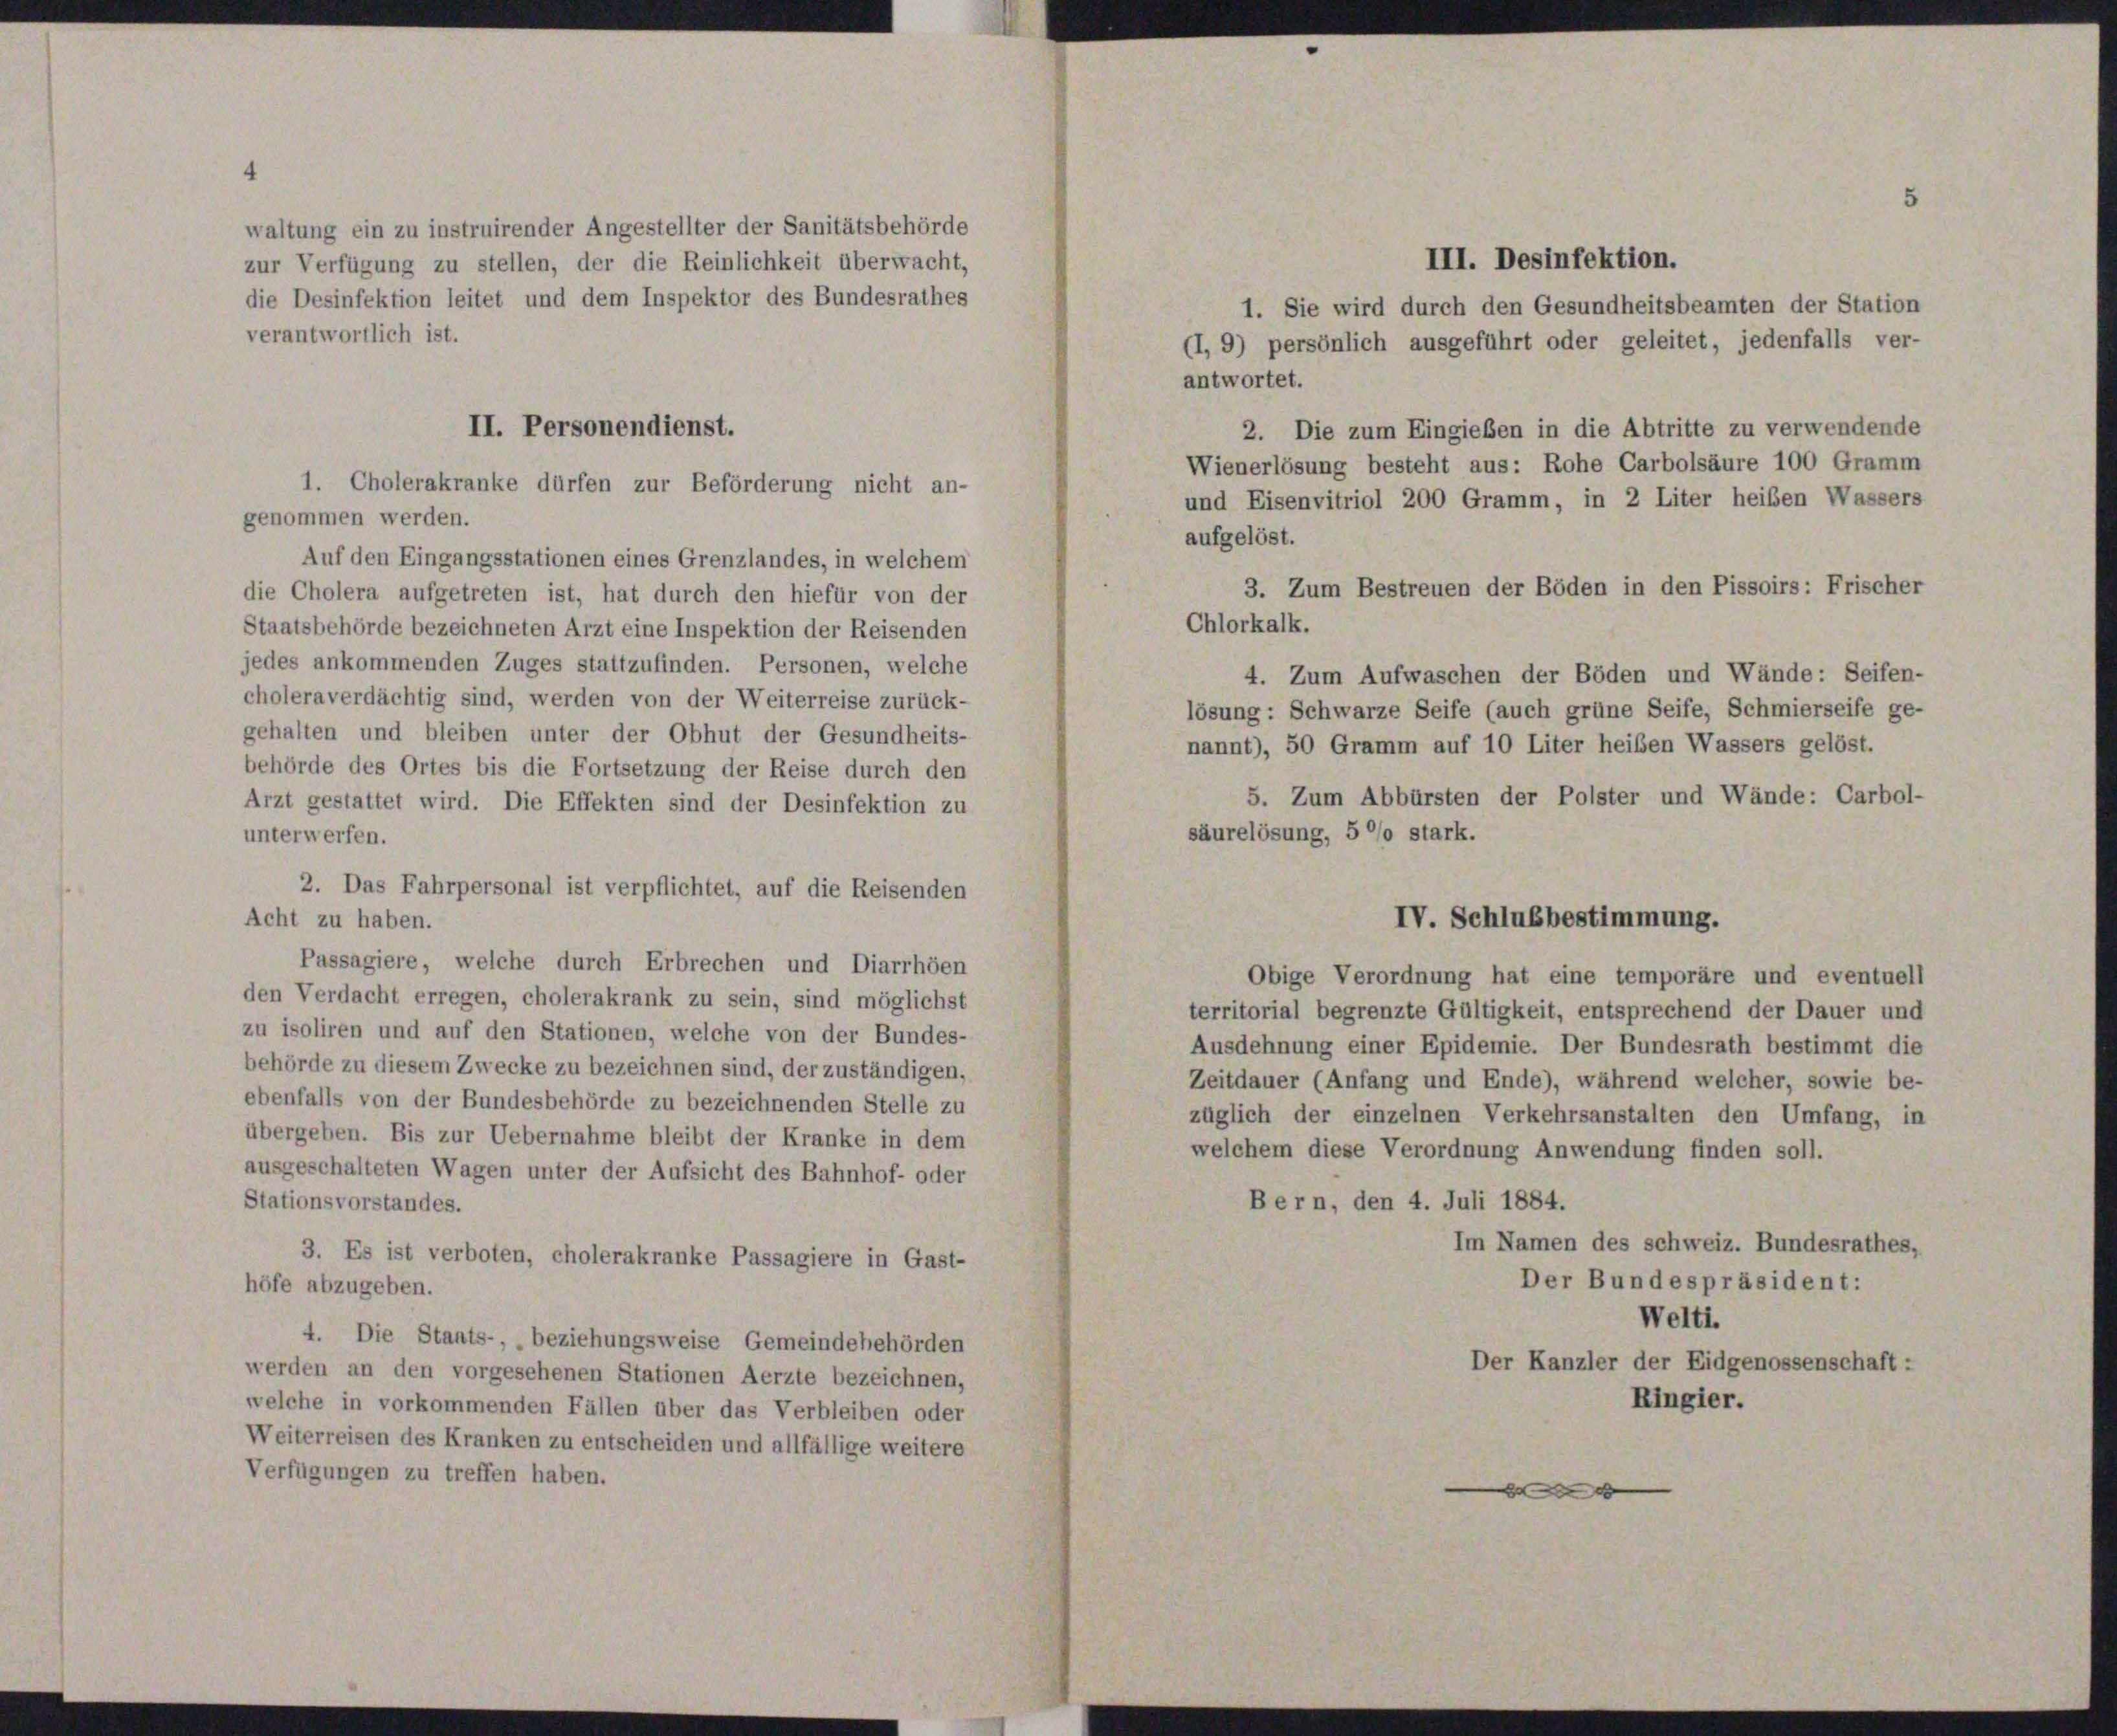
zur Verfügung zu stellen, der die Reinlichkeit überwacht,
die Desinfektion leitet und dem Inspektor des Bundesrathes
1. Sie wird durch den Gesundheitsbeamten der Station
verantwortlich ist.
(I, 9) persönlich ausgeführt oder geleitet, jedenfalls ver-
antwortet.
2. Die zum Eingießen in die Abtritte zu verwendende
Wienerlösung besteht aus: Rohe Carbolsäure 100 Gramm
1. Cholerakranke dürfen zur Beförderung nicht an-
und Eisenvitriol 200 Gramm, in 2 Liter heiben Wassers
genommen werden.
aufgelöst.
Auf den Eingangsstationen eines Grenzlandes, in welchem
3. Zum Bestreuen der Böden in den Pissoirs: Frischer
die Cholera aufgetreten ist, hat durch den hiefür von der
Chlorkalk.
Staatsbehörde bezeichneten Arzt eine Inspektion der Reisenden
jedes ankommenden Zuges stattzufinden. Personen, welche
4. Zum Aufwaschen der Böden und Wände: Seifen-
choleraverdächtig sind, werden von der Weiterreise zurück-
lösung: Schwarze Seife (auch grüne Seife, Schmierseife ge-
gehalten und bleiben unter der Obhut der Gesundheits-
nannt), 50 Gramm auf 10 Liter heiben Wassers gelöst.
behörde des Ortes bis die Fortsetzung der Reise durch den
5. Zum Abbürsten der Polster und Wände: Carbol-
Arzt gestattet wird. Die Effekten sind der Desinfektion zu
säurelösung, 5 °/o stark.
unterwerfen.
2. Das Fahrpersonal ist verpflichtet, auf die Reisenden
Acht zu haben.
IV. Schlußbestimmung.
Passagiere, welche durch Erbrechen und Diarrhöen
Obige Verordnung hat eine temporäre und eventuels
den Verdacht erregen, cholerakrank zu sein, sind möglichst
territorial begrenzte Gültigkeit, entsprechend der Dauer und
zu isoliren und auf den Stationen, welche von der Bundes-
Ausdehnung einer Epidemie. Der Bundesrath bestimmt die
behörde zu diesem Zwecke zu bezeichnen sind, der zuständigen,
Zeitdauer (Anfang und Ende), während welcher, sowie be-
ebenfalls von der Bundesbehörde zu bezeichnenden Stelle zu
züglich der einzelnen Verkehrsanstalten den Umfang, in
übergeben. Bis zur Uebernahme bleibt der Kranke in dem
welchem diese Verordnung Anwendung finden soll.
ausgeschalteten Wagen unter der Aufsicht des Bahnhof- oder
Bern, den 4. Juli 1884.
Stationsvorstandes.
Im Namen des schweiz. Bundesrathes,
3. Es ist verboten, cholerakranke Passagiere in Gast-
Der Bundespräsident:
höfe abzugeben.
Welti.
4. Die Staats-, „beziehungsweise Gemeindebehörden
Der Kanzler der Eidgenossenschaft:
werden an den vorgesehenen Stationen Aerzte bezeichnen,
Ringier.
welche in vorkommenden Fällen über das Verbleiben oder
Weiterreisen des Kranken zu entscheiden und allfällige weitere
Verfügungen zu treffen haben.
d

waltung ein zu instruirender Angestellter der Sanitätsbehörde

II. Personendienst.

III. Desinfektion.

5